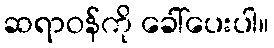
ဆရာဝန်ကို ခေါ်ပေးပါ။